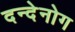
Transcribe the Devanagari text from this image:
दन्देनोग